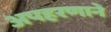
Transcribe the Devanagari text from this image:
अपहरणाने